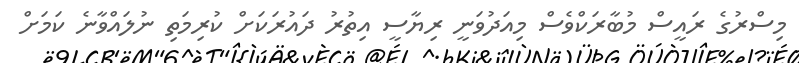
މިސްރުގެ ރައީސް މުބާރަކްވެސް މިއަދުވަނީ ރިޔާސީ އިތުރު ދައުރަކަށް ކުރިމަތި ނުލައްވާނެ ކަމަށް